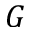
G